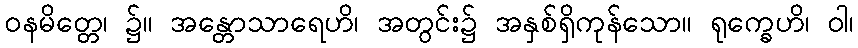
ဝနမိတ္တေ၊ ၌။ အန္တောသာရေဟိ၊ အတွင်း၌ အနှစ်ရှိကုန်သော။ ရုက္ခေဟိ၊ ဝါ၊